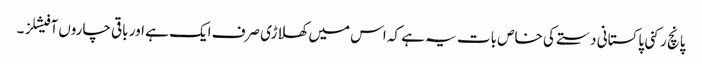
پانچ رکنی پاکستانی دستے کی خاص بات یہ ہے کہ اس میں کھلاڑی صرف ایک ہے اور باقی چاروں آفیشلز ۔